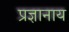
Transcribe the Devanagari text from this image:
प्रज्ञानाय